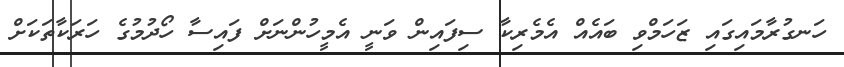
ހަނގުރާމައިގައި ޒަހަމްވި ބައެއް އެމެރިކާ ސިފައިން ވަނީ އެމީހުންނަށް ފައިސާ ހޯދުމުގެ ހަރަކާތަކަށް